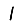
Digit: 1